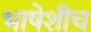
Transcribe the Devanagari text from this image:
भाषेशीच